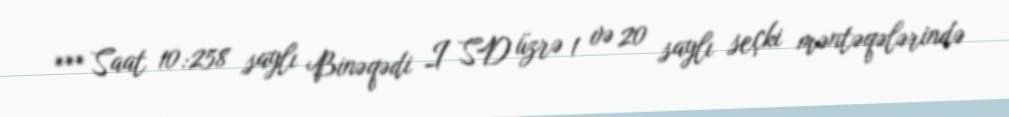
*** Saat 10:258 saylı Binəqədi I SD üzrə 1 və 20 saylı seçki məntəqələrində